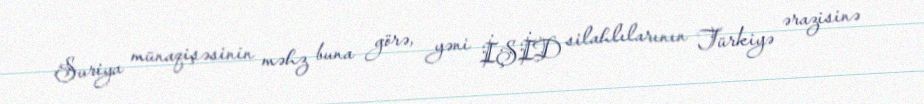
Suriya münaqişəsinin məhz buna görə, yəni İŞİD silahlılarının Türkiyə ərazisinə